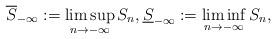
LaTeX: \begin{align*}\overline{S}_{-\infty}:=\limsup_{n \to -\infty}S_n, \underline{S}_{-\infty}:=\liminf_{n \to -\infty}S_n,\end{align*}